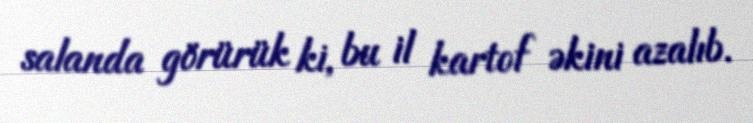
salanda görürük ki, bu il kartof əkini azalıb.